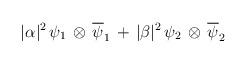
LaTeX: \begin{align*}|{\alpha}|^{2}\,{\psi}_{1} \,\otimes\, {\overline {\psi}_{1}} \,+\, |{\beta}|^{2}\,{\psi}_{2} \,\otimes\, {\overline {\psi}_{2}}\end{align*}